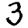
Digit: 3